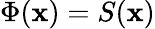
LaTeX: \Phi(\mathbf{x})=S(\mathbf{x})